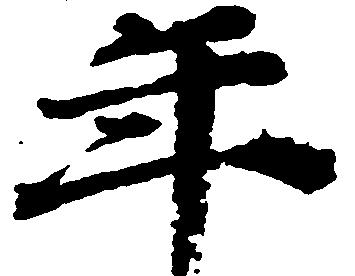
年